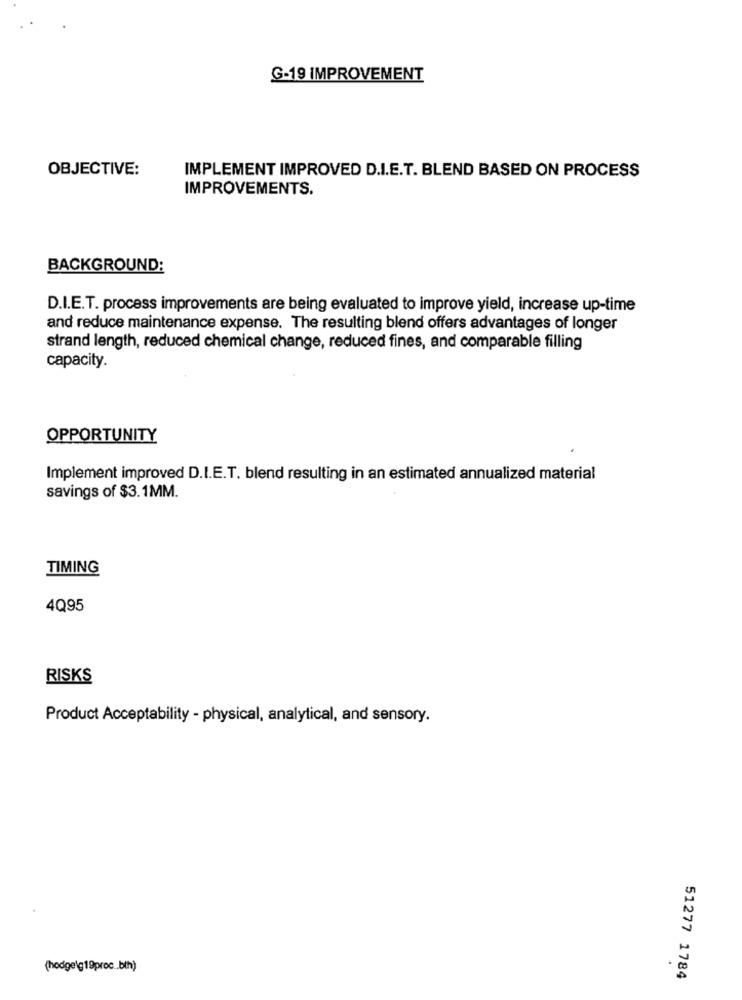
G-19 IMPROVEMENT
OBJECTIVE:
IMPLEMENT IMPROVED D.I.E.T. BLEND BASED ON PROCESS
IMPROVEMENTS.
BACKGROUND:
D.I.E.T. process improvements are being evaluated to improve yield, increase up-time
and reduce maintenance expense. The resulting blend offers advantages of longer
strand length, reduced chemical change, reduced fines, and comparable filling
capacity.
OPPORTUNITY
Implement improved D.I.E.T. blend resulting in an estimated annualized material
savings of $3.1MM.
TIMING
4Q95
RISKS
Product Acceptability - physical, analytical, and sensory.
(hodge\g19proc .. bth)
51277 1784